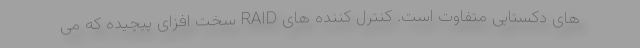
های دکستاپی متفاوت است. کنترل کننده های RAID سخت افزای پیچیده که می